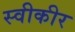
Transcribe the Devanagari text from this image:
स्वीकीर